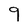
Character: 9